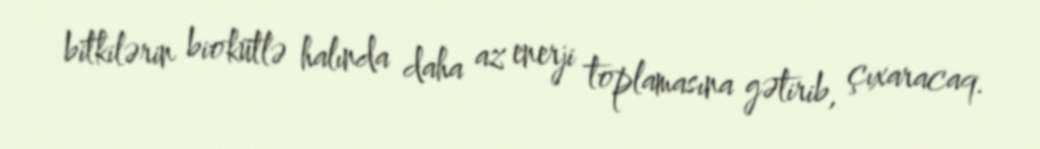
bitkilərin biokütlə halında daha az enerji toplamasına gətirib, çıxaracaq.